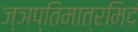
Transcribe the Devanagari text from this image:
ज्ञप्तिमात्रमिदं